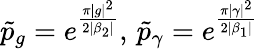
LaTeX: \tilde{p}_{g}=e^{\frac{\pi|g|^{2}}{2|\beta_{2}|}},\, \tilde{p}_{\gamma}=e^{\frac{\pi|\gamma|^{2}}{2|\beta_{1}|}}